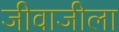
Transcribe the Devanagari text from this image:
जीवाजीला